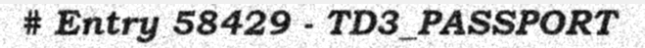
# Entry 58429 - TD3_PASSPORT